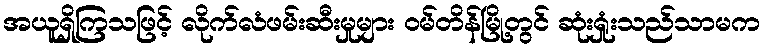
အယူရှိကြသဖြင့် လိုက်လံဖမ်းဆီးမှုများ ဝမ်တိန်မြို့တွင် ဆုံးရှုံးသည်သာမက